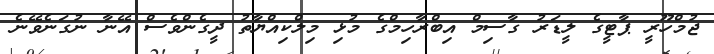
ޖުމްހޫރީ ޕާޓީގެ ލީޑަރު ގާސިމް އިބްރާހިމްގެ މުޅި މިލްކިއްޔާތު ދީގެންވެސް އޭނާ ނުގަނެވޭނެ